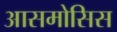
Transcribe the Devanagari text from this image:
आसमोसिस